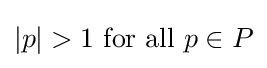
|p|>1{\mbox{ for all }}p\in P